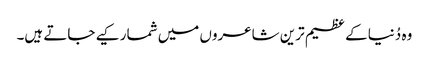
وہ دُنیا کے عظیم ترین شاعروں میں شمار کیے جاتے ہیں۔